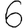
Digit: 6